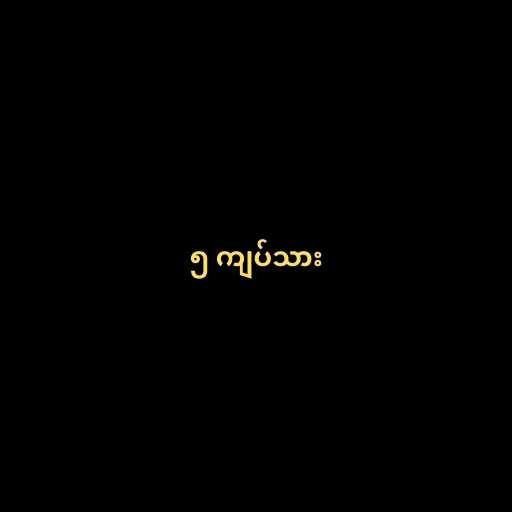
၅ ကျပ်သား